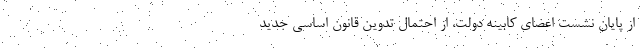
از پایان نشست اعضای کابینه دولت، از احتمال تدوین قانون اساسی جدید